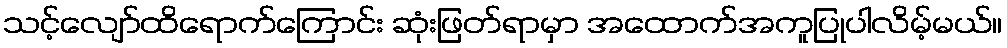
သင့်လျော်ထိရောက်ကြောင်း ဆုံးဖြတ်ရာမှာ အထောက်အကူပြုပါလိမ့်မယ်။